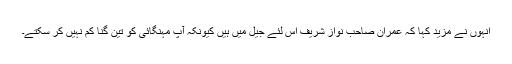
انہوں نے مزید کہا کہ عمران صاحب نواز شریف اِس لئے جیل میں ہیں کیونکہ آپ مہنگائی کو تین گنا کم نہیں کر سکتے۔